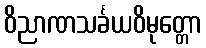
ဝိညာဏသင်္ခယဝိမုတ္တော